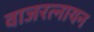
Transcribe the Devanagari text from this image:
वाजरत्नायन